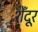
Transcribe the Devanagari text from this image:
शेँदूर